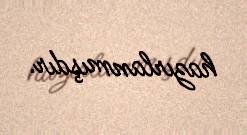
hazırlanmışdır.